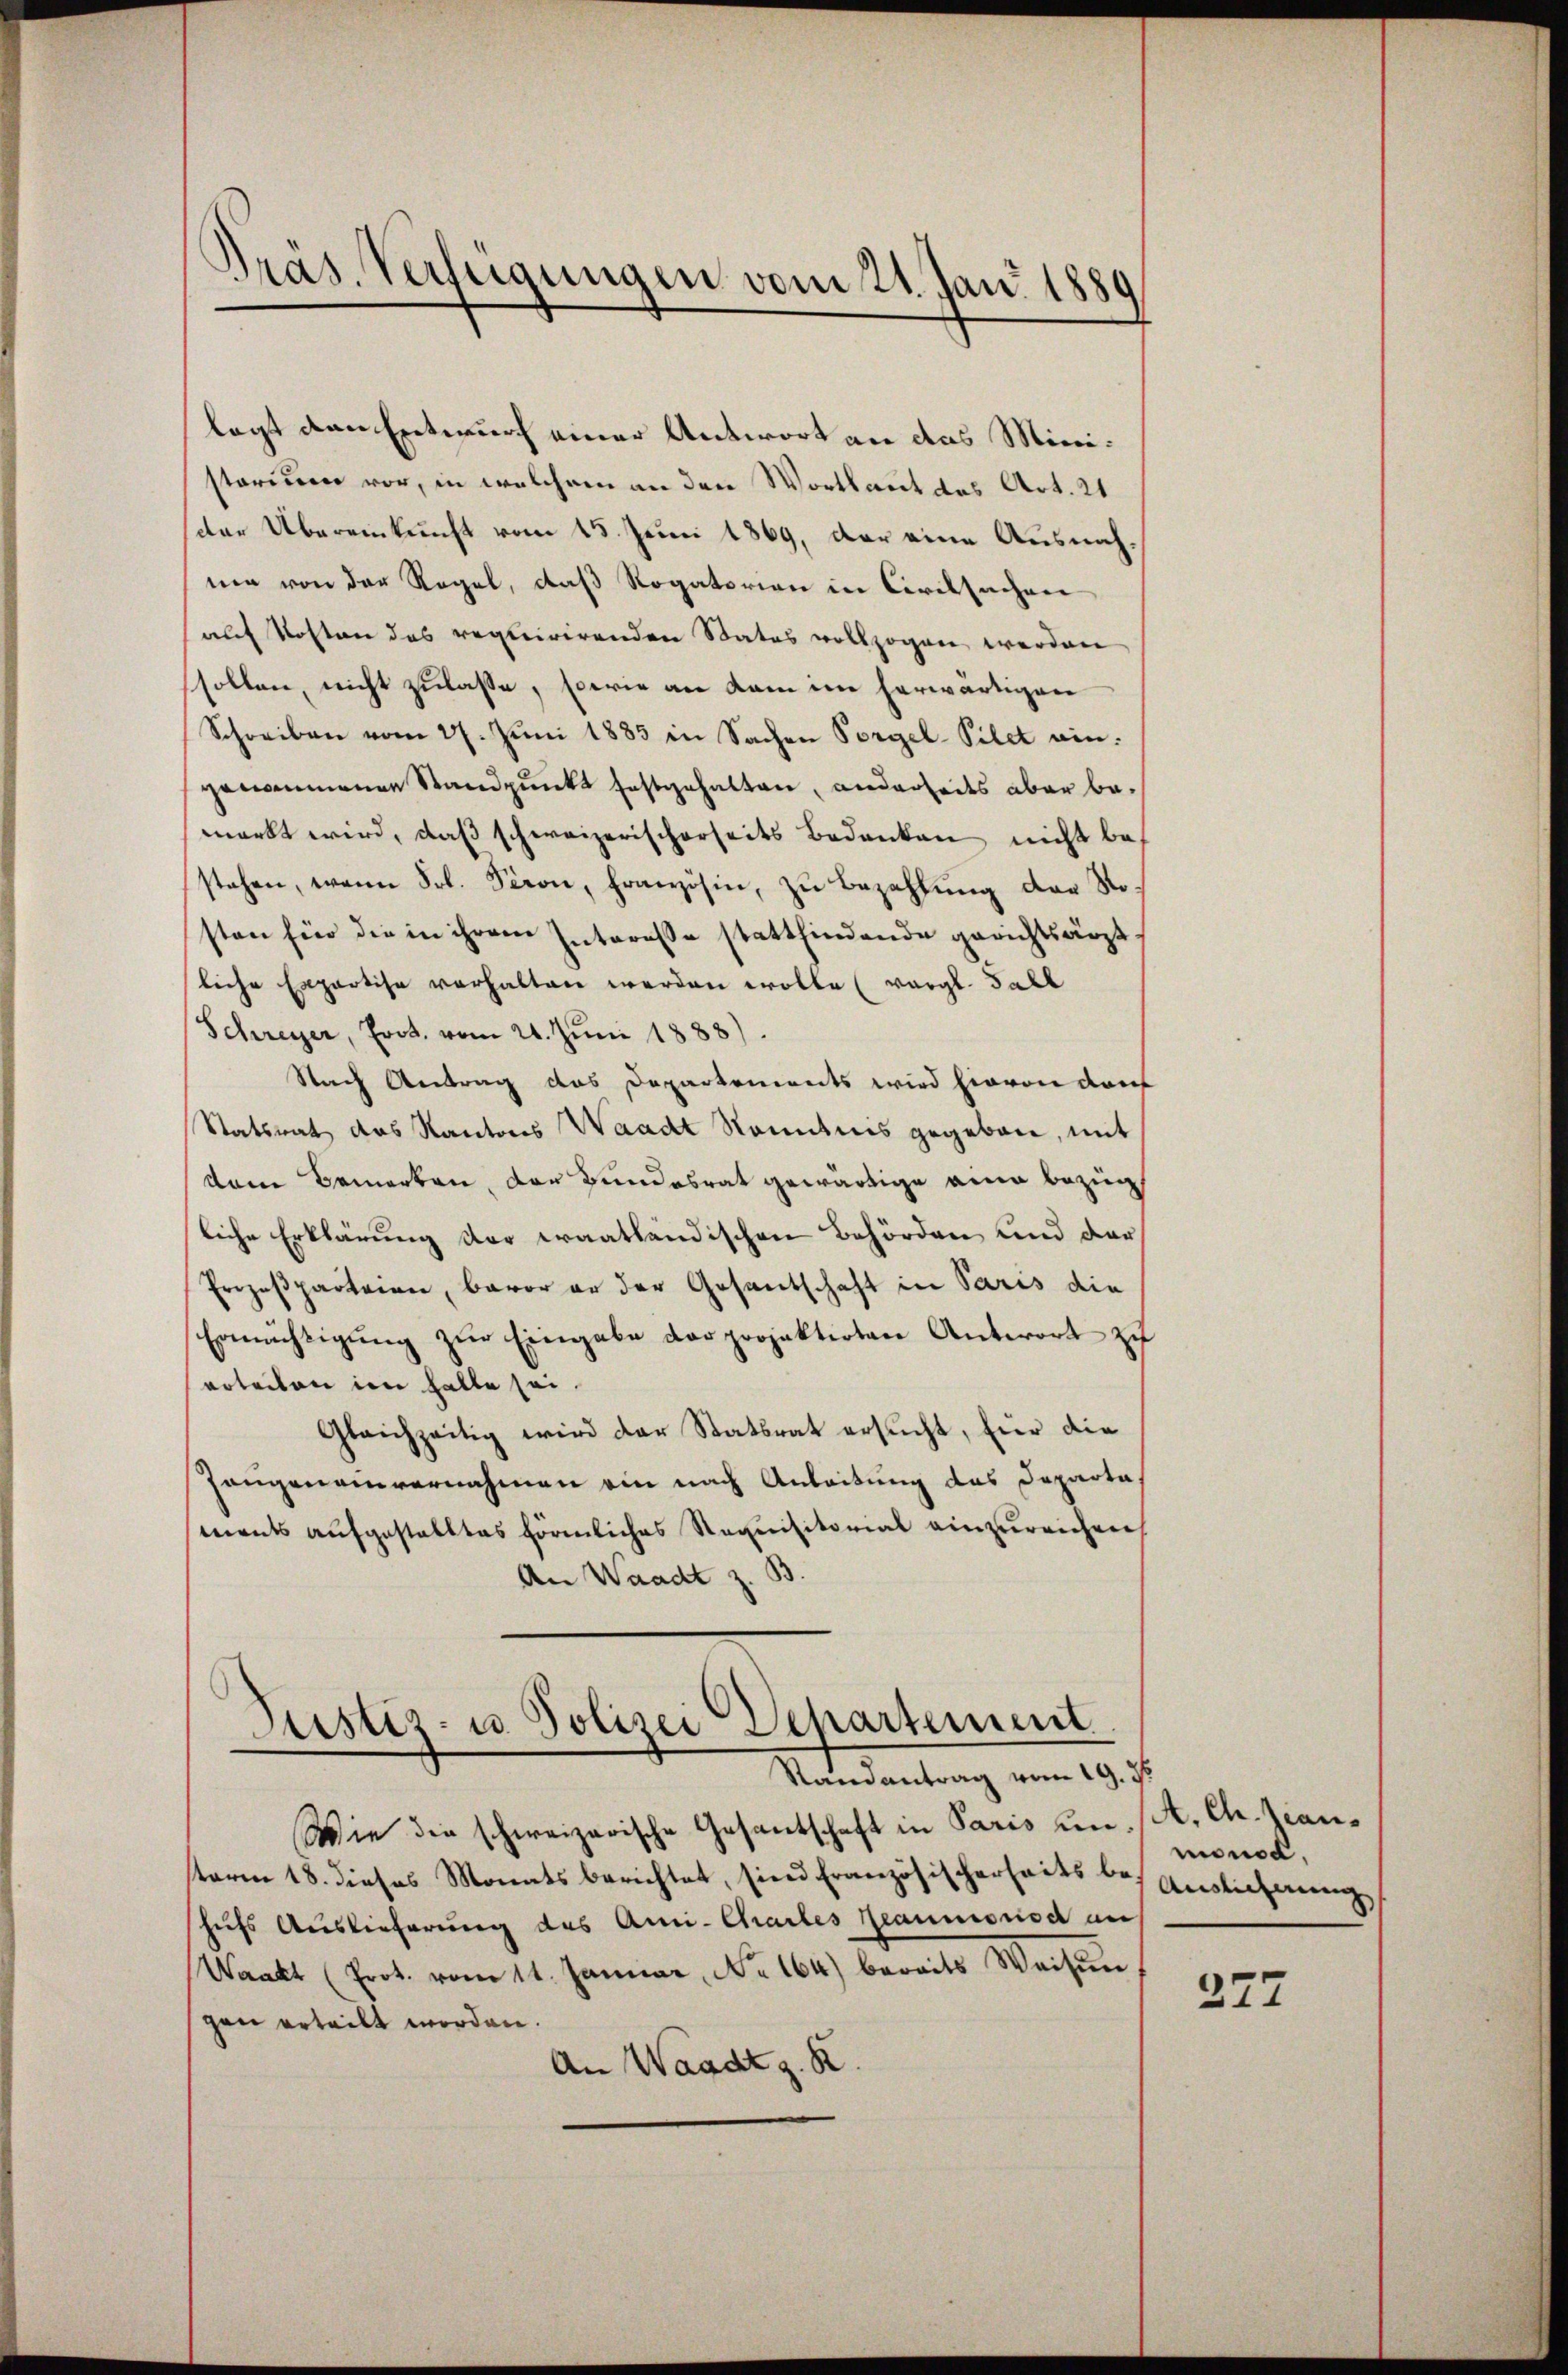
Präs. Verfügungen vom 21. Jan. 1889

legt den Entwurf einer Antwort an das Ministorium vor, in welchem an den Wortlaut des Art. 21
der Übereinkunft vom 15. Juni 1869, der eine Ausnahnie von der Regel, daß Rogatorien in Civilsachen
auf Kosten des requirirenden Status vollzogen werden
sollen, nicht zulasse, sowie an kam in herwärtigen
Schreiben vom 27. Juni 1883 in Sachen Vorgel-Pilet aingenommenen Standpunkt festgehalten, anderseits aber bemarkt wird, daß schweizerischerseits Bedanken nicht bestehen, wenn Frl. Seron, französin, zu bezahlung der Nosten für die in ihrem Interesse stattfindende gerichtsärzt
liche Expertise verhalten werden wolle (vergl. Fall
Schreyer, Prot. vom 21. Jŭni 1888).
Stach Antrag das Departements wird hievon dar
Statsrat das Kantons Waadt Kenntnis gegeben, mit
dem Bemerken, der Bundesrat gewärtige eine bezüg
liche Erklärung der Fraatländischen Behörden und der
Prozeßparteien, baror er der Gesantschaft in Paris die
Ermächtigŭng zŭr Eingabe der projektirten Antwort zu
erteilen im halte sei.
Gleichzeitig wird der Statsrat ersucht, für die
Zeugeneinvernahmen ein nach Anleitung des Departa
ments aufgestalltes förmliches Staquisitorial einzureichen
An Waadt z. B.
Justiz- u. Polizei Departement
Randantrag vom 19. d.
Wie die schweizerische Gesantschaft in Paris um st. Ch. Kansterm 18. dieses Monats berichtet, sind Französischerheits bei Auslichenen
hufs Auslieferung des Ami-Chartes Reaumonia an
Wankt (Prot. vom 11. Januar, No 164) bereits Weisŭn
gen erteilt worden.
An Waadt z. B.

monod,

377